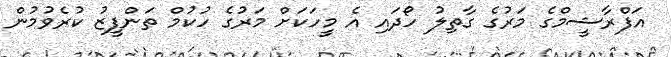
އަފްރާޝީމްގެ މަރުގެ ގާތިލު ހޯދައި އެ މީހަކަށް މަރުގެ ހުކުމް ތަންފީޒު ކުރެވުމުން